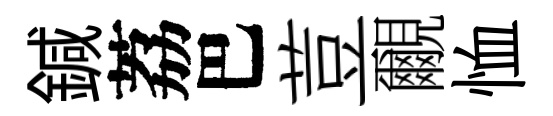
鍼荔巴荳覼恤